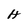
Character: H